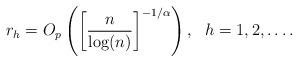
LaTeX: \begin{align*}r_h =O_{p}\left( \left[ \frac{n}{\log ( n) }\right]^{-1/\alpha}\right),\ \ h=1,2, \ldots.\end{align*}